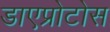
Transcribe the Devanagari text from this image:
डाएप्रोटोस